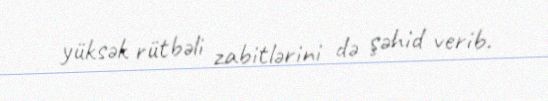
yüksək rütbəli zabitlərini də şəhid verib.